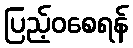
ပြည့်ဝစေရန်